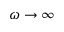
\omega \rightarrow \infty